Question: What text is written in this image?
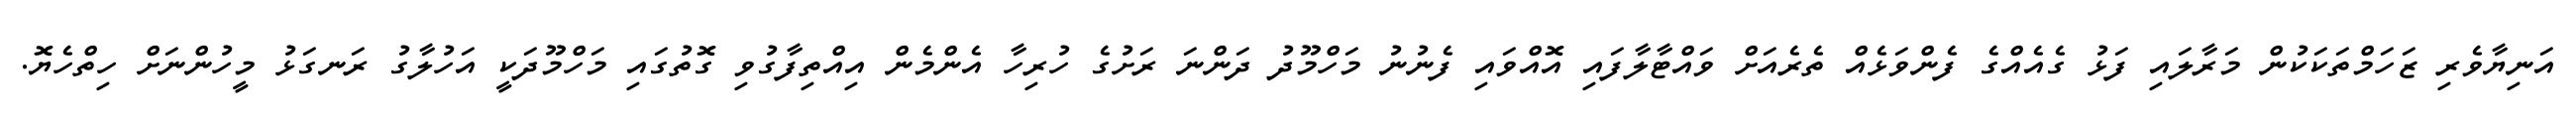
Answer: އަނިޔާވެރި ޒަހަމްތަކަކުން މަރާލައި ފަޅު ގެއެއްގެ ފެންވަޅެއް ތެރެއަށް ވައްޓާލާފައި އޮއްވައި ފެނުނު މަހްމޫދު ދަންނަ ރަށުގެ ހުރިހާ އެންމެން އިއްތިފާގުވި ގޮތުގައި މަހްމޫދަކީ އަހުލާގު ރަނގަޅު މީހުންނަށް ހިތްހެޔޮ.